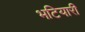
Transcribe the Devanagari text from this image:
भटियारी